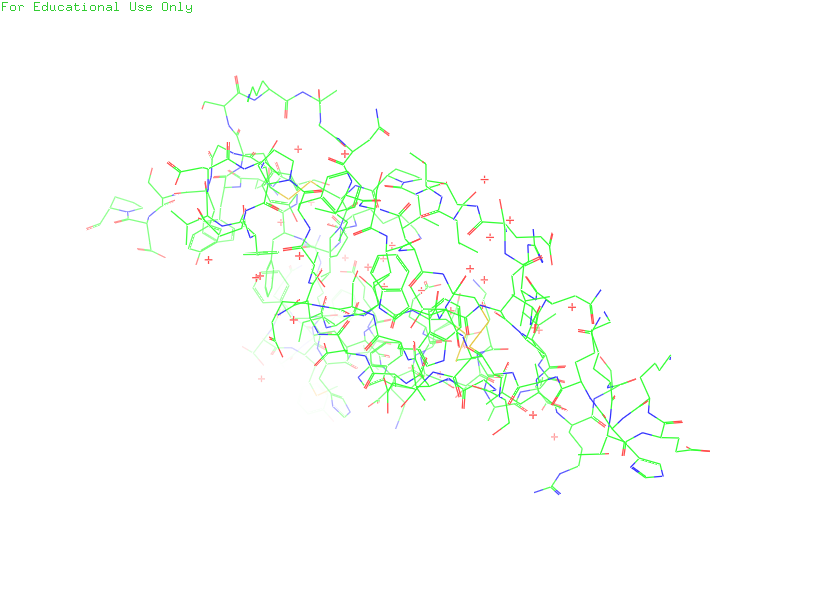
pymol, preset, default